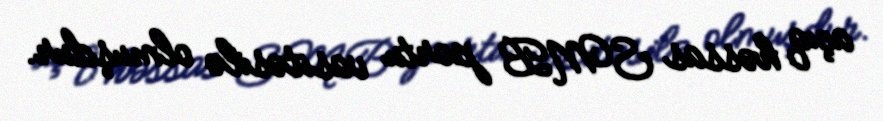
açıq həssas SMB portu vasitəsilə olmuşdur.